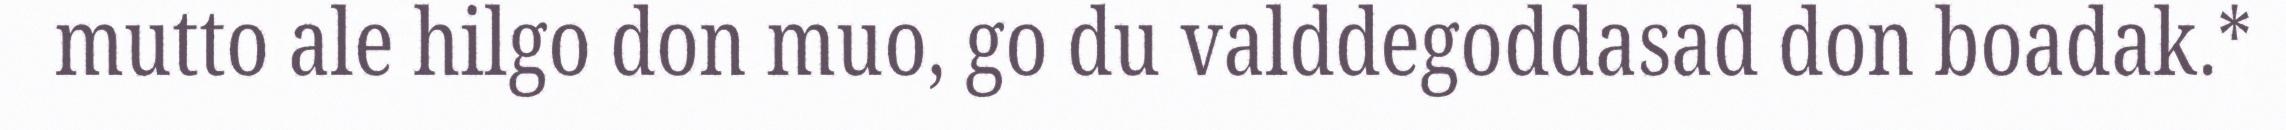
mutto ale hilgo don muo, go du valddegoddasad don boadak.*